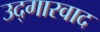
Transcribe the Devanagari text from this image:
उद्गारवाद